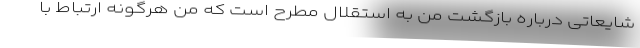
شایعاتی درباره بازگشت من به استقلال مطرح است که من هرگونه ارتباط با